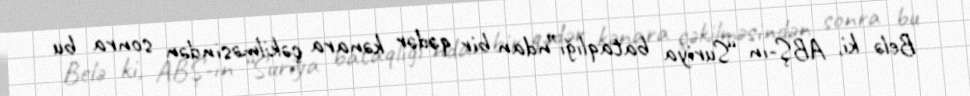
Belə ki, ABŞ-ın “Suriya bataqlığı”ndan bir qədər kənara çəkilməsindən sonra bu